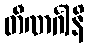
တီဏင်္ဂါနိ